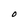
Character: 0